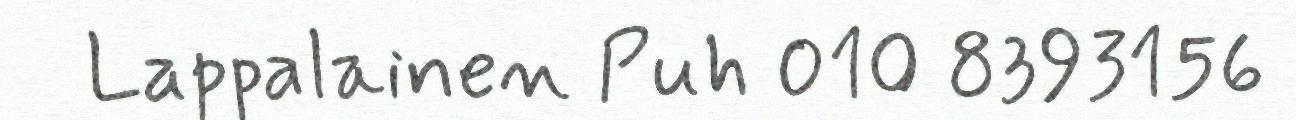
Lappalainen Puh 010 8393156